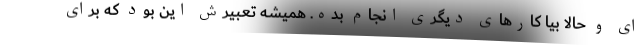
ای و حالا بیا کارهای دیگری انجام بده. همیشه تعبیرش این بود که برای